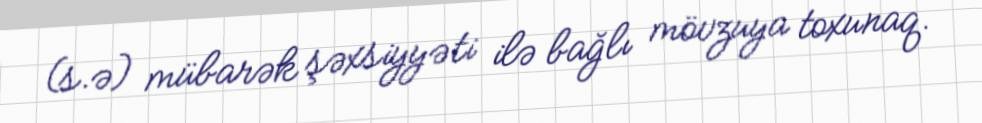
(s.ə) mübarək şəxsiyyəti ilə bağlı mövzuya toxunaq.